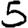
Digit: 5